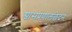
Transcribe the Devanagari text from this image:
श्वासप्रणालछेदन